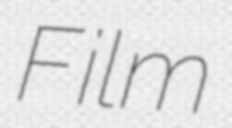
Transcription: Film